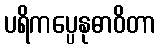
ပရိကပ္ပေနုဓာဝိတာ